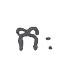
កៈ